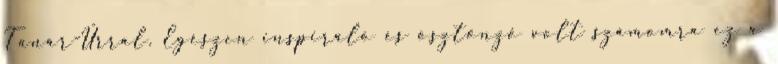
Tanár-Úrral. Egészen inspiráló és ösztönző volt számomra ez a